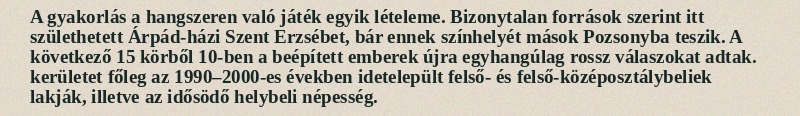
A gyakorlás a hangszeren való játék egyik lételeme. Bizonytalan források szerint itt születhetett Árpád-házi Szent Erzsébet, bár ennek színhelyét mások Pozsonyba teszik. A következő 15 körből 10-ben a beépített emberek újra egyhangúlag rossz válaszokat adtak. kerületet főleg az 1990–2000-es években idetelepült felső- és felső-középosztálybeliek lakják, illetve az idősödő helybeli népesség.